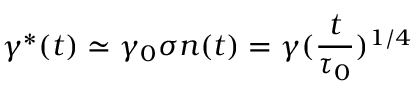
\gamma ^ { * } ( t ) \simeq \gamma _ { 0 } \sigma n ( t ) = \gamma ( \frac { t } { \tau _ { 0 } } ) ^ { 1 / 4 }